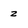
Character: z